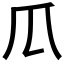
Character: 𤓰